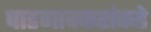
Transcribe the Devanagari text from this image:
पाडगावकरांकडे